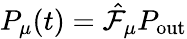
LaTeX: P_{\mu}(t)=\hat{\mathcal{F}}_{\mu}P_{\mathrm{out}}